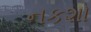
નકશો